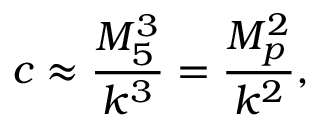
c \approx \frac { M _ { 5 } ^ { 3 } } { k ^ { 3 } } = \frac { M _ { p } ^ { 2 } } { k ^ { 2 } } ,